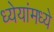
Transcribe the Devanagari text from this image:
ध्येयांमध्ये